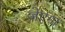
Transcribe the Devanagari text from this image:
जेएगा